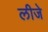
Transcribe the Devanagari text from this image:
लीजे